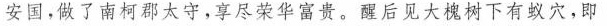
安国，做了南柯郡太守，享尽荣华富贵。醒后见大槐树下有蚁穴，即